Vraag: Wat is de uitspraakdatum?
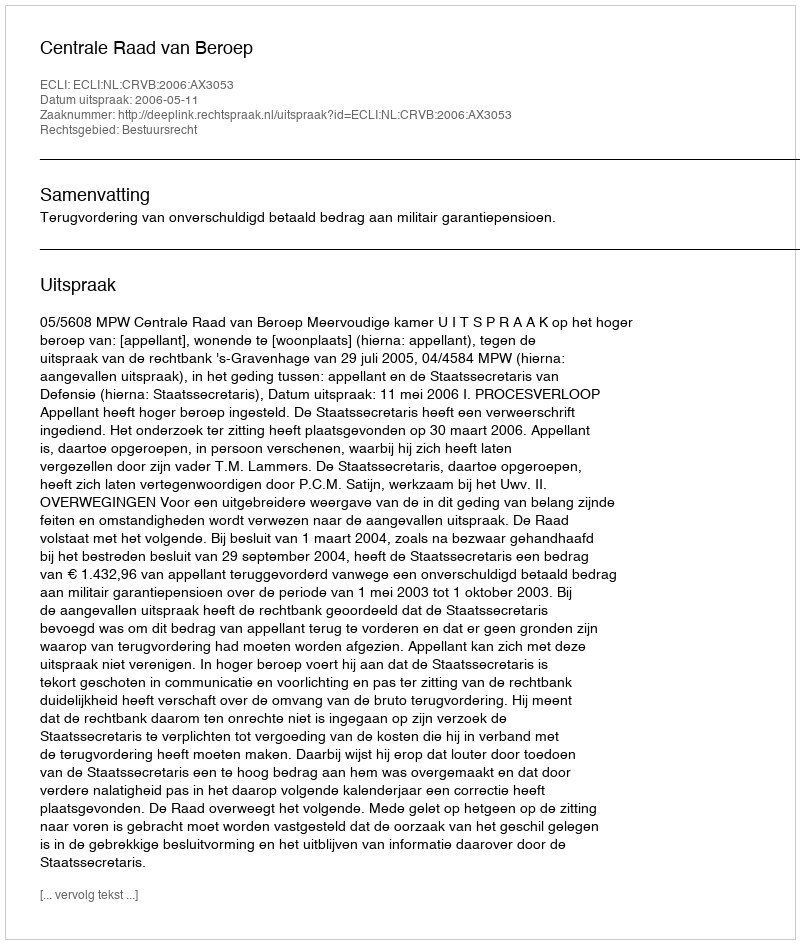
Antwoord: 2006-05-11